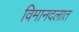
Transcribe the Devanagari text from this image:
विमानदलात